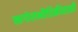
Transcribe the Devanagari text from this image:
खगोलभौतिकीसाठी